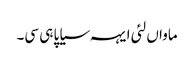
ماواں لئی ایہہ سیاپا ہی سی۔